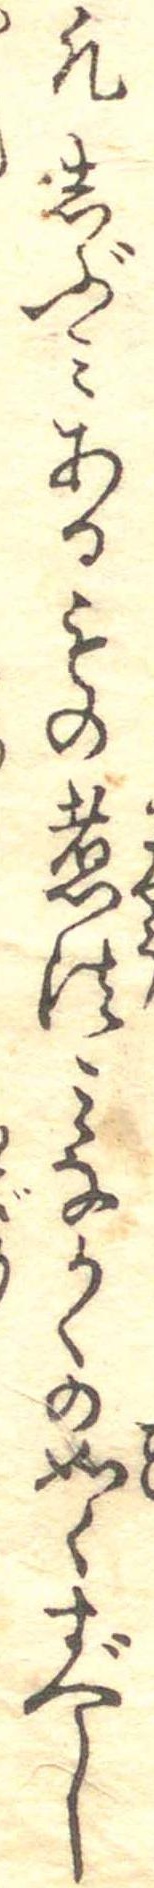
凡しぶみあるもの煮法みなかくの如くすべし